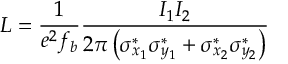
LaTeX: { \cal L } = \frac { 1 } { e ^ { 2 } f _ { b } } \frac { I _ { 1 } I _ { 2 } } { 2 \pi \left( \sigma _ { x _ { 1 } } ^ { * } \sigma _ { y _ { 1 } } ^ { * } + \sigma _ { x _ { 2 } } ^ { * } \sigma _ { y _ { 2 } } ^ { * } \right) }